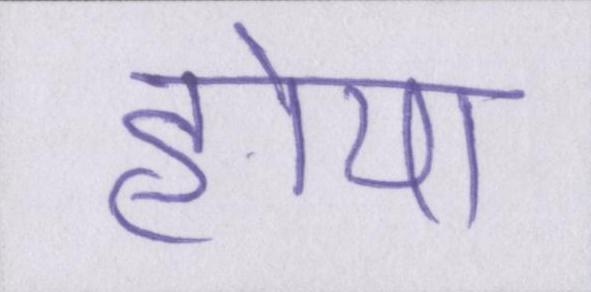
होया